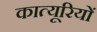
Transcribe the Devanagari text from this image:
कात्यूरियों